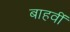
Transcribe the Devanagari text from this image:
बाहवीं